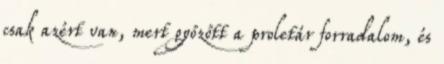
csak azért van, mert győzőtt a proletár forradalom, és